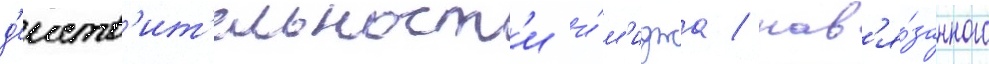
д'еиств'ит'ельност'и и́м'иджа / нав'я́занного